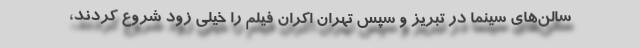
سالن‌های سینما در تبریز و سپس تهران اکران فیلم را خیلی زود شروع کردند،